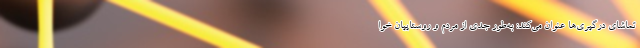
تماشای درگیری‌ها عنوان می‌کند: به‌طور جدی از مردم و روستاییان خوا